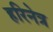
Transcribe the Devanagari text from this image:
हरिनेत्र